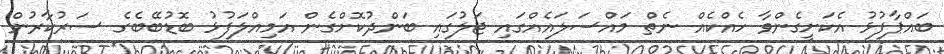
ބައްޕާފުޅު އެކަށީގެންވާ ހެއްކެއް ނެތް މައްސަލައެއްގައި ޖަލުގައި ބަންދުކޮށްގެން އަމިއްލަފުޅު ބޮޑުބޭބެގެ ސަރުކާރުން